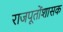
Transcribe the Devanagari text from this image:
राजपूतोंशासक